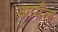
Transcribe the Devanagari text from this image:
आयँल